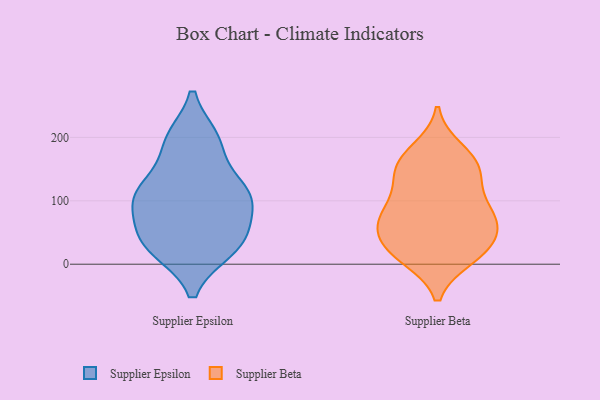
{"axis": {"x": "Active Users", "y": "Value"}, "legend": ["Supplier Beta", "Supplier Epsilon"], "data": [{"x": "", "y": 110, "type": "Supplier Epsilon"}, {"x": "", "y": 57, "type": "Supplier Epsilon"}, {"x": "", "y": 122, "type": "Supplier Epsilon"}, {"x": "", "y": 197, "type": "Supplier Epsilon"}, {"x": "", "y": 106, "type": "Supplier Epsilon"}, {"x": "", "y": 23, "type": "Supplier Epsilon"}, {"x": "", "y": 192, "type": "Supplier Epsilon"}, {"x": "", "y": 46, "type": "Supplier Epsilon"}, {"x": "", "y": 104, "type": "Supplier Epsilon"}, {"x": "", "y": 24, "type": "Supplier Epsilon"}, {"x": "", "y": 85, "type": "Supplier Beta"}, {"x": "", "y": 135, "type": "Supplier Beta"}, {"x": "", "y": 63, "type": "Supplier Beta"}, {"x": "", "y": 161, "type": "Supplier Beta"}, {"x": "", "y": 63, "type": "Supplier Beta"}, {"x": "", "y": 159, "type": "Supplier Beta"}, {"x": "", "y": 37, "type": "Supplier Beta"}, {"x": "", "y": 20, "type": "Supplier Beta"}, {"x": "", "y": 155, "type": "Supplier Beta"}, {"x": "", "y": 180, "type": "Supplier Beta"}, {"x": "", "y": 11, "type": "Supplier Beta"}, {"x": "", "y": 13, "type": "Supplier Beta"}, {"x": "", "y": 76, "type": "Supplier Beta"}, {"x": "", "y": 90, "type": "Supplier Beta"}, {"x": "", "y": 26, "type": "Supplier Beta"}, {"x": "", "y": 124, "type": "Supplier Beta"}, {"x": "", "y": 64, "type": "Supplier Beta"}]}